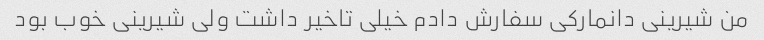
من شیرینی دانمارکی سفارش دادم خیلی تاخیر داشت ولی شیرینی خوب بود